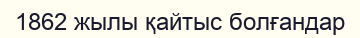
1862 жылы қайтыс болғандар